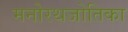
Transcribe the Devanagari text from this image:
मनोरथजोतिका